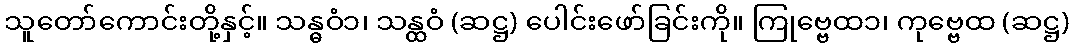
သူတော်ကောင်းတို့နှင့်။ သန္ဓဝံ၁၊ သန္ထဝံ (ဆဋ္ဌ) ပေါင်းဖော်ခြင်းကို။ ကြုဗ္ဗေထ၁၊ ကုဗ္ဗေထ (ဆဋ္ဌ)